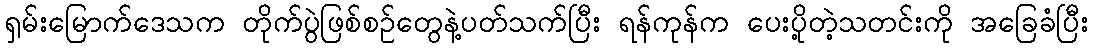
ရှမ်းမြောက်ဒေသက တိုက်ပွဲဖြစ်စဉ်တွေနဲ့ပတ်သက်ပြီး ရန်ကုန်က ပေးပို့တဲ့သတင်းကို အခြေခံပြီး